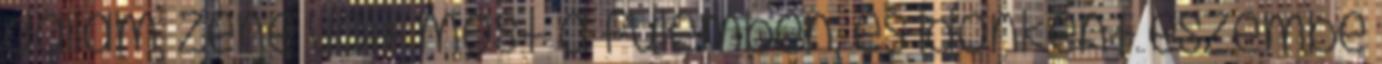
dallam, zene volt most a fülemben, és időnként eszembe